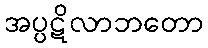
အပ္ပဋိလာဘတော